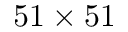
5 1 \times 5 1